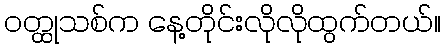
ဝတ္ထုသစ်က နေ့တိုင်းလိုလိုထွက်တယ်။